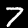
Label: 7